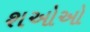
શઓઓ